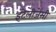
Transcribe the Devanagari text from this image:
इंटेलीजेंसी